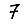
Digit: 7